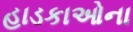
હાડકાઓના